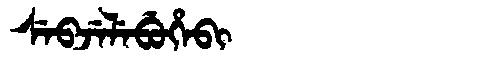
Manchu: ᠰᡝᠪᠵᡝᠯᡝᠪᡠᡥᡝᠪᡳ
Romanization: SEBJELEBUHEBI